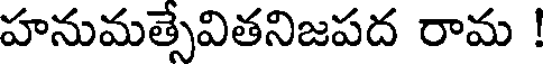
హనుమత్సేవితనిజపద రామ !